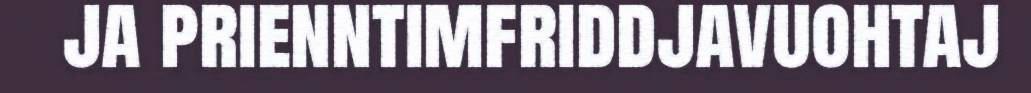
ja prienntimfriddjavuohtaj